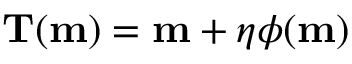
\mathbf { T } ( \mathbf { m } ) = \mathbf { m } + \eta \phi ( \mathbf { m } )